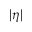
| \eta |